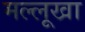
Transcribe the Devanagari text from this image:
मल्लूखा